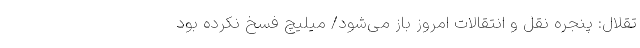
تقلال: پنجره نقل و انتقالات امروز باز می‌شود/ میلیچ فسخ نکرده بود